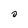
Character: 0